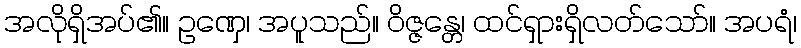
အလိုရှိအပ်၏။ ဥဏှေ၊ အပူသည်။ ဝိဇ္ဇန္တေ၊ ထင်ရှားရှိလတ်သော်။ အပရံ၊